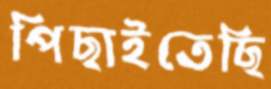
পিছাইতেছি